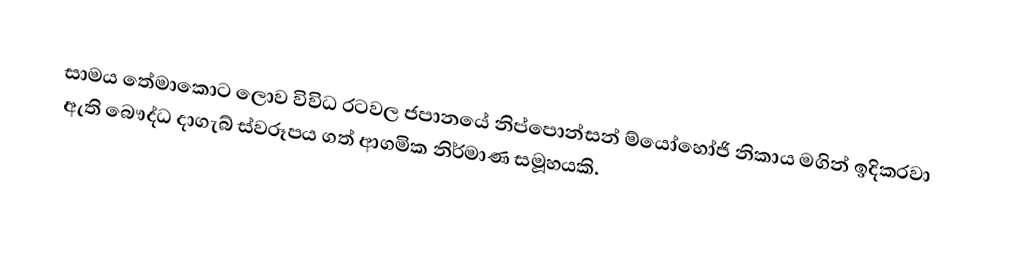
සාමය තේමාකොට ලොව විවිධ රටවල ජපානයේ නිප්පොන්සන් ම්යෝහෝජි නිකාය මගින් ඉදිකරවා ඇති බෞද්ධ දාගැබ් ස්වරූපය ගත් ආගමික නිර්මාණ සමූහයකි.